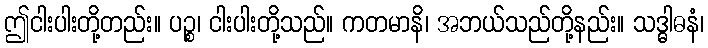
ဤငါးပါးတို့တည်း။ ပဉ္စ၊ ငါးပါးတို့သည်။ ကတမာနိ၊ အဘယ်သည်တို့နည်း။ သဒ္ဓါဓနံ၊